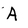
Character: A